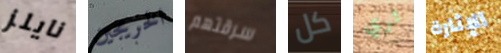
نايلز الخريجين سرقتهم كل ثري الإثارة